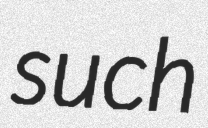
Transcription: such